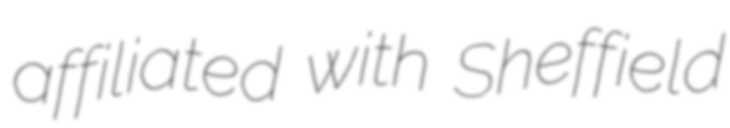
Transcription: affiliated with Sheffield